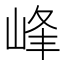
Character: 峰